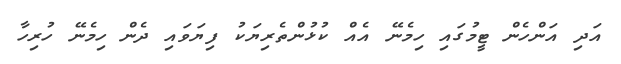
އަދި އަންހެން ޓީމުގައި ހިމެނޭ އެއް ކުޅުންތެރިޔަކު ފިޔަވައި ދެން ހިމެނޭ ހުރިހާ